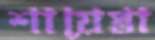
শায়েস্তা